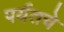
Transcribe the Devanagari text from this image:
पर्यतचे